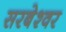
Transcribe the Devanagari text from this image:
सरबेश्‍वर